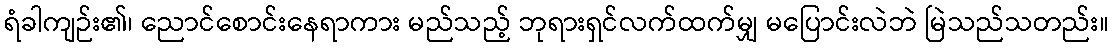
ရံခါကျဉ်း၏၊ ညောင်စောင်းနေရာကား မည်သည့် ဘုရားရှင်လက်ထက်မျှ မပြောင်းလဲဘဲ မြဲသည်သတည်း။